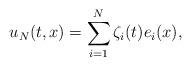
LaTeX: \begin{align*}u_N(t,x)=\sum^N_{i=1}\zeta_i(t)e_i(x),\end{align*}